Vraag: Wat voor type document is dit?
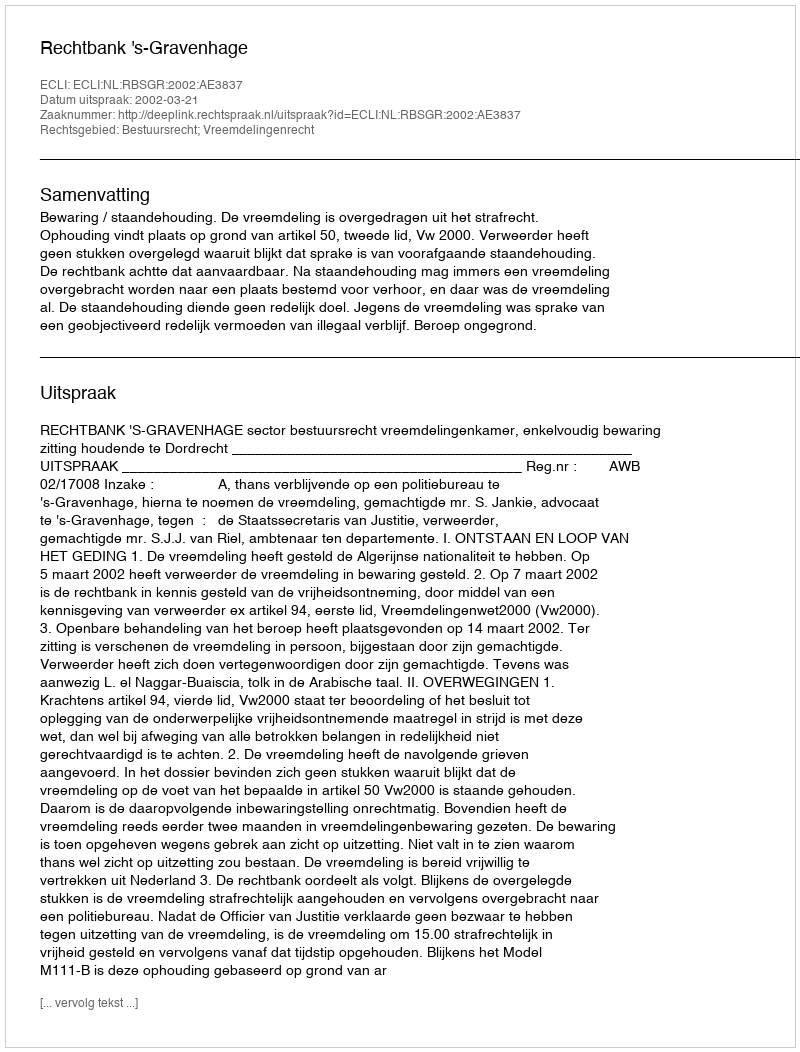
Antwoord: Uitspraak